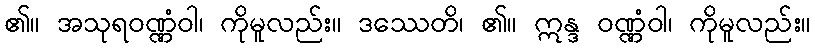
၏။ အသုရဝဏ္ဏံဝါ၊ ကိုမူလည်း။ ဒဿေတိ၊ ၏။ ဣန္ဒ ဝဏ္ဏံဝါ၊ ကိုမူလည်း။